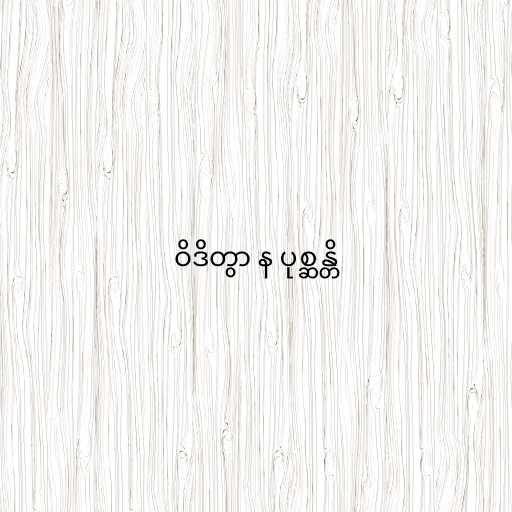
ဝိဒိတွာ န ပုစ္ဆန္တိ